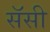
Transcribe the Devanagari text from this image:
सॅसी